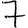
Digit: 7